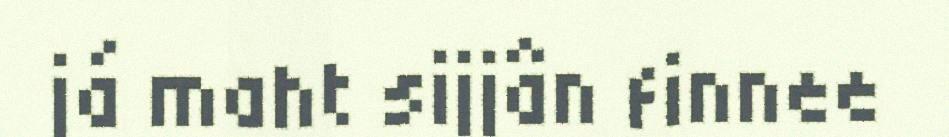
já maht sijjân finnee